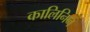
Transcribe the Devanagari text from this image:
कालिनिन